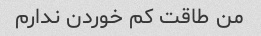
من طاقت کم خوردن ندارم